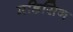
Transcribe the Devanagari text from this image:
मडिसिन